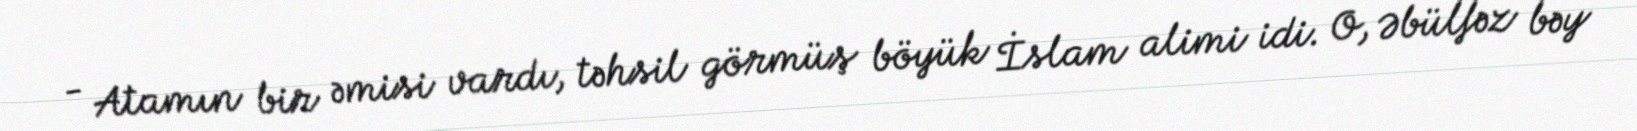
- Atamın bir əmisi vardı, təhsil görmüş böyük İslam alimi idi. O, Əbülfəz bəy